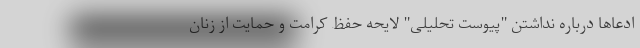
ادعاها درباره نداشتن "پیوست تحلیلی" لایحه حفظ کرامت و حمایت از زنان